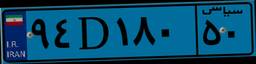
۲۲D۱۳۴۹۸